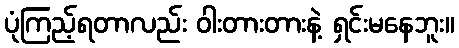
ပုံကြည့်ရတာလည်း ဝါးတားတားနဲ့ ရှင်းမနေဘူး။